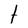
Character: t